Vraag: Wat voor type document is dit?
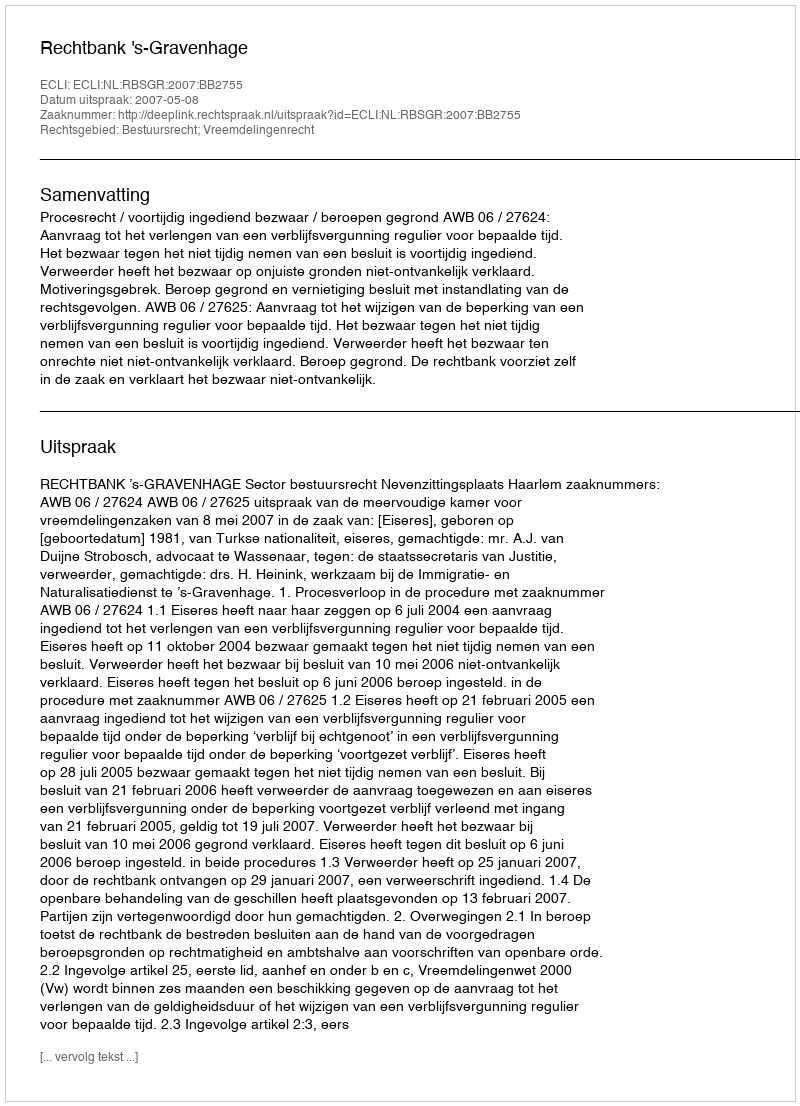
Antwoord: Uitspraak